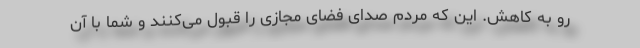
رو به کاهش. این که مردم صدای فضای مجازی را قبول می‌کنند و شما با آن